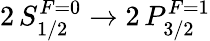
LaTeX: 2\, S_{1/2}^{F=0}\rightarrow 2\, P_{3/2}^{F=1}